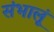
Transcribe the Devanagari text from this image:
संभालूं